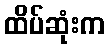
ထိပ်ဆုံးက